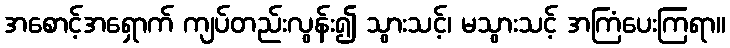
အစောင့်အရှောက် ကျပ်တည်းလွန်း၍ သွားသင့်၊ မသွားသင့် အကြံပေးကြရာ။